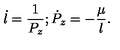
\dot { l } = \frac { 1 } { P _ { z } } ; \dot { P } _ { z } = - \frac \mu { l } .